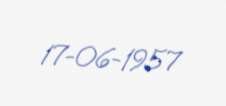
17-06-1957